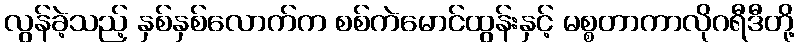
လွန်ခဲ့သည့် နှစ်နှစ်လောက်က စစ်ကဲမောင်ထွန်းနှင့် မစ္စတာကာလိုဂရီဒီတို့